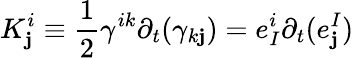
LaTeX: K_{\mathbf{j}}^{i}\equiv{\frac{{1}}{{2}}}\gamma^{ik}\partial_{t}(\gamma_{k\mathbf{j}})=e_{I}^{i}\partial_{t}(e_{\mathbf{j}}^{I})